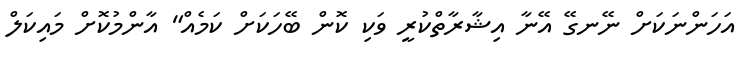
އަހަންނަކަށް ނޭނގޭ އޭނާ އިޝާރާތްކުރީ ވަކި ކޮން ބޭހަކަށް ކަމެއް" އާންމުކޮށް މައިކަލް